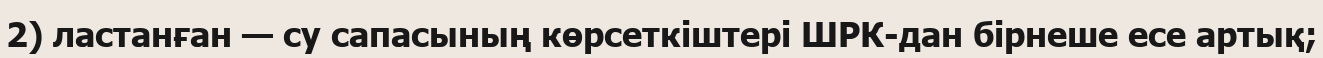
2) ластанған — су сапасының көрсеткіштері ШРК-дан бірнеше есе артық;